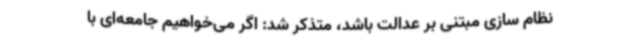
نظام سازی مبتنی بر عدالت باشد، متذکر شد: اگر می‌خواهیم جامعه‌ای با